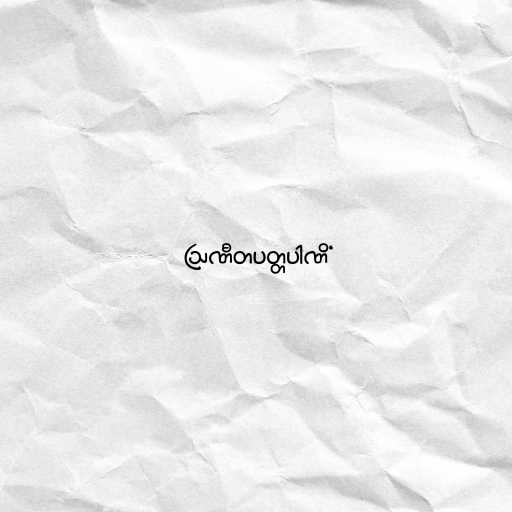
ဩဏီတပတ္တပါဏိံ